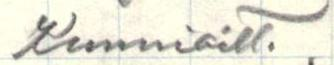
Kunnioitt.